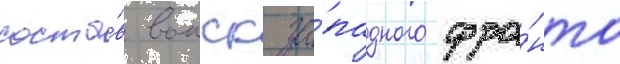
соста́в воиск за́падного фро́нта